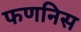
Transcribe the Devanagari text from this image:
फणनिस